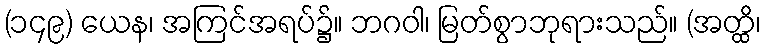
(၁၄၉) ယေန၊ အကြင်အရပ်၌။ ဘဂဝါ၊ မြတ်စွာဘုရားသည်။ (အတ္ထိ၊